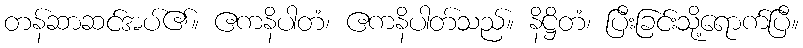
တန်ဆာဆင်အပ်၏။ ဧကနိပါတံ၊ ဧကနိပါတ်သည်။ နိဋ္ဌိတံ၊ ပြီးခြင်းသို့ရောက်ပြီ။